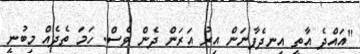
"އައްދެ އާތީ އިނދެފާނަން އިރު އަރަން ދެން ވެސް. ހަމަ ތެދެއް މިބުނީ